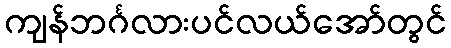
ကျန်ဘင်္ဂလားပင်လယ်အော်တွင်